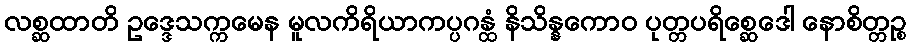
လစ္ဆထာတိ ဥဒ္ဒေသက္ကမေန မူလကိရိယာကပ္ပဂန္ထံ နိသိန္နကောဝ ပုတ္တပရိစ္ဆေဒေါ နောစိတ္တဉ္စ